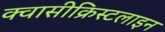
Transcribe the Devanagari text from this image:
क्वासीक्रिस्टलाइन